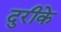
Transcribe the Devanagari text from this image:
दुरीके